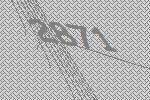
2871